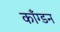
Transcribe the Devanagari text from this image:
काँग्डन